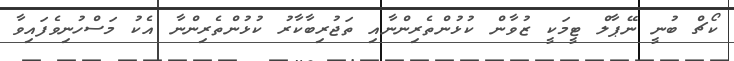
ކޯޗް ބުނީ ނޭޕާލް ޓީމަކީ ޒުވާން ކުޅުންތެރިންނާއި ތަޖުރިބާކާރު ކުޅުންތެރިންނާ އެކު މަސްހުނިވެފައިވާ